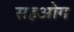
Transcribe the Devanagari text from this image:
सहओग